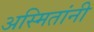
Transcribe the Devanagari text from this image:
अस्मितांनी